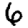
Digit: 6